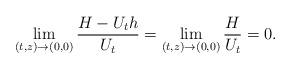
LaTeX: \begin{align*}\lim_{(t,z) \rightarrow (0,0)} \frac{H- U_t h}{U_t}=\lim_{(t,z) \rightarrow (0,0)} \frac{H}{U_t}=0.\end{align*}